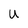
Character: U